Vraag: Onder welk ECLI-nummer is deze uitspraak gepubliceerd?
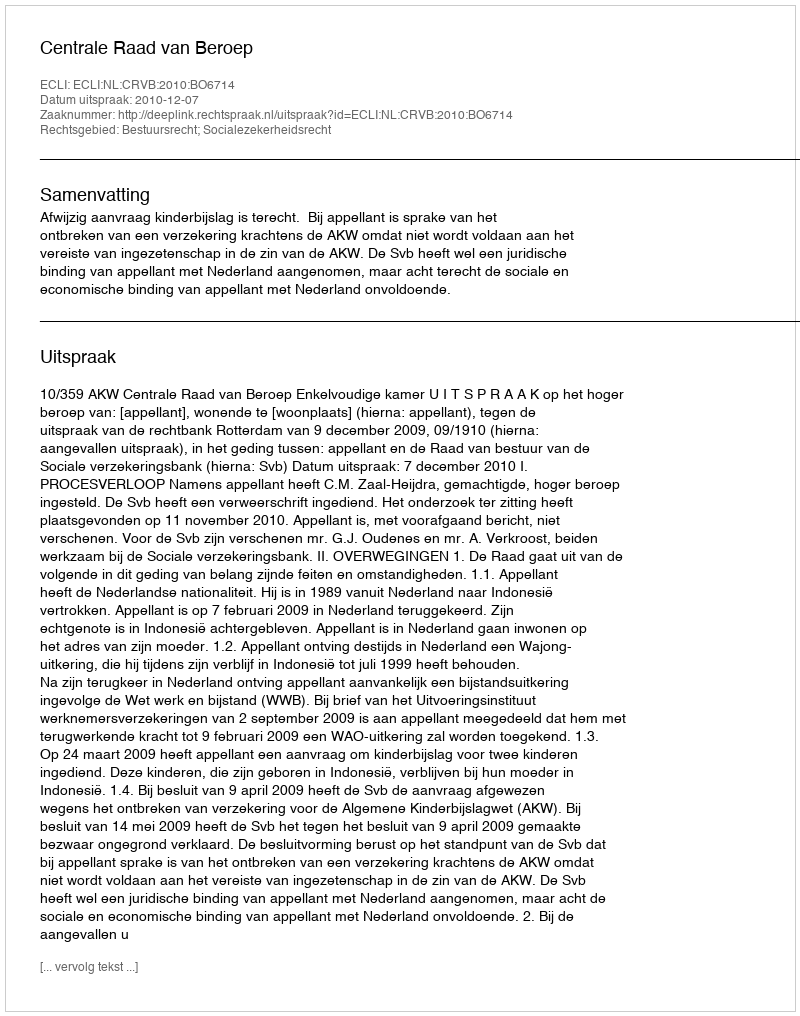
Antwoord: ECLI:NL:CRVB:2010:BO6714